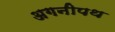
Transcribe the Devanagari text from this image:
अगनीपथ